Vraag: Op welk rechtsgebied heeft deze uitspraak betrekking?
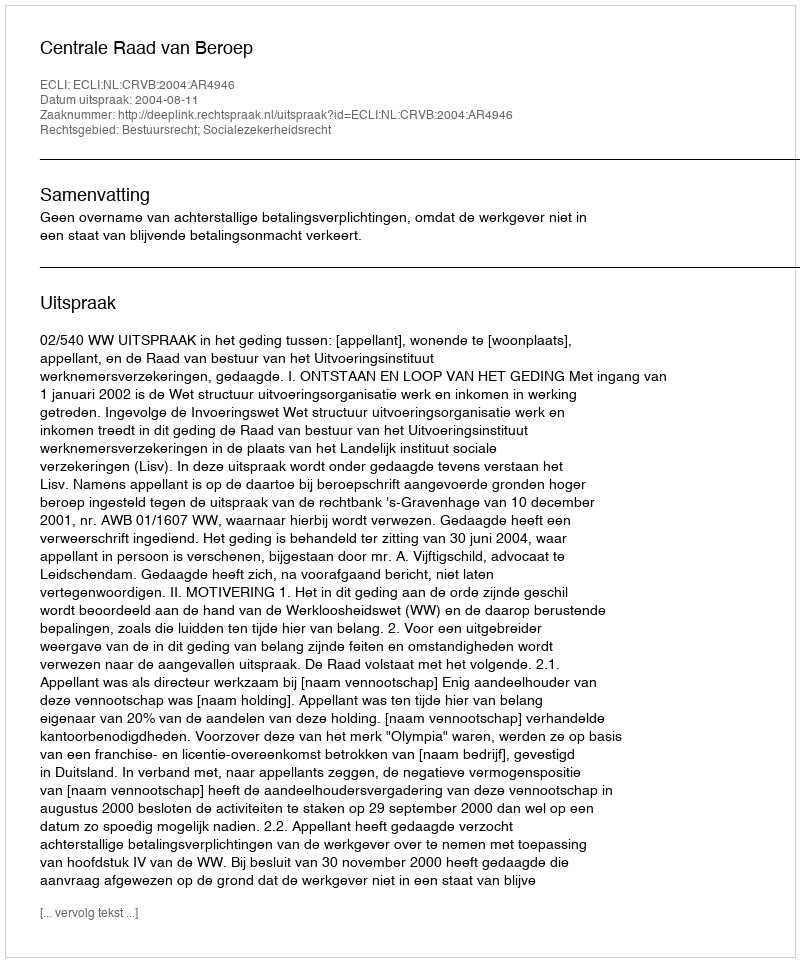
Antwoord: Bestuursrecht; Socialezekerheidsrecht